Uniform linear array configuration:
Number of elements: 16
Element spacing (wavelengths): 0.5
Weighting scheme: blackman
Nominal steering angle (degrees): -30
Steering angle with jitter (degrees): -30.468
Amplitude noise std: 0.05
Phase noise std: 0.05

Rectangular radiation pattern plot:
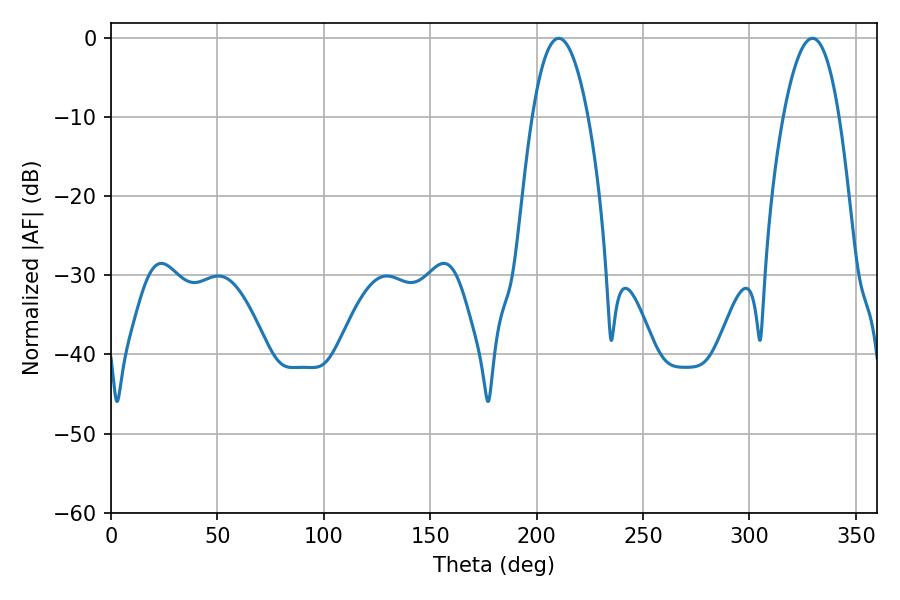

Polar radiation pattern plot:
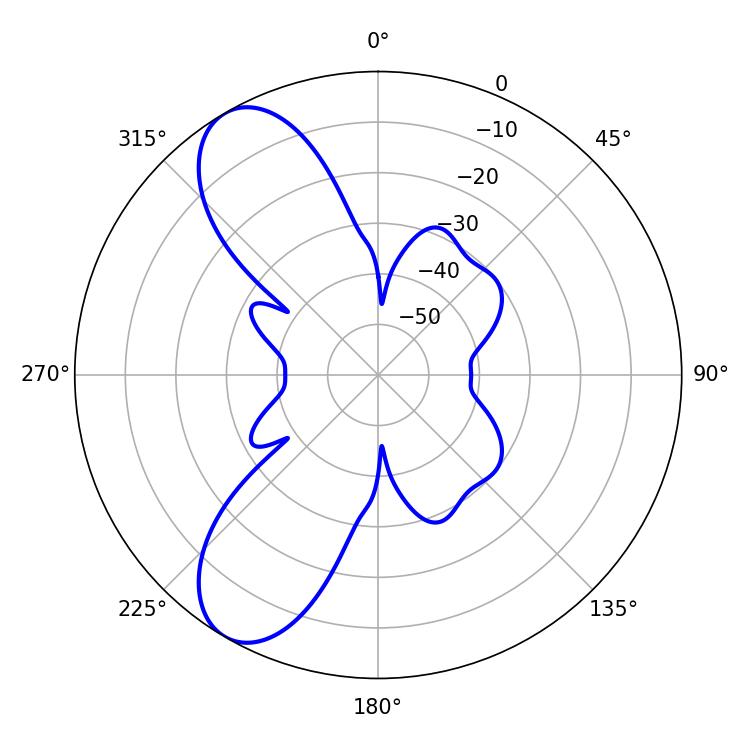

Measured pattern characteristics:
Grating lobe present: FALSE
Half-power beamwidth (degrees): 14.4
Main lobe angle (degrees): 210.42